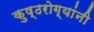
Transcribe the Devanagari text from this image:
कुष्ठरोग्यांनी